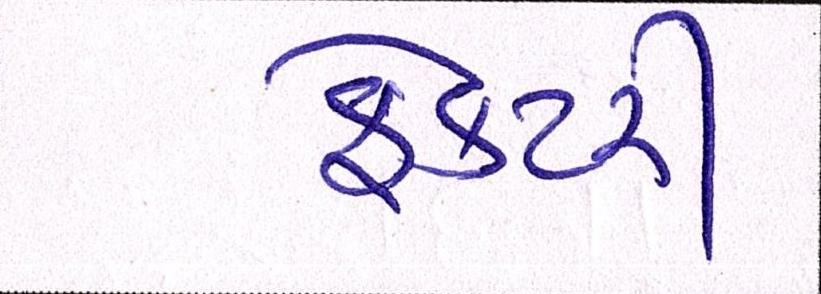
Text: ફેક્ટરી